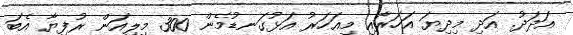
އަދަދު. އަދި މިދިޔަ އަހަރާއި މިއަހަރު އަޅުގަނޑުމެން 300 މިލިއަން ރުފިޔާ އެބަ